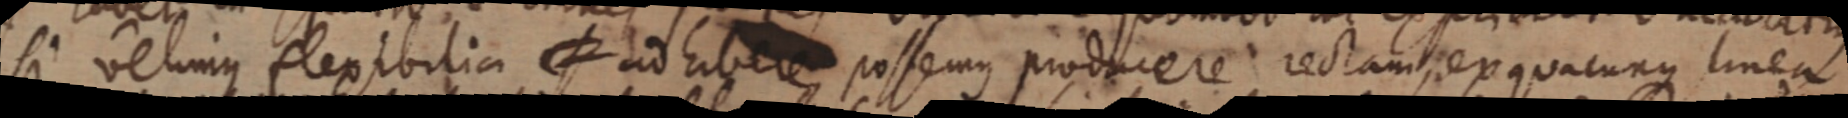
si velimus flexibilia hibere possemus produere rectam, exquacunque linea